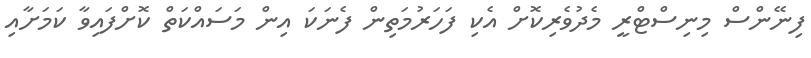
ފިނޭންސް މިނިސްޓްރީ މެދުވެރިކޮށް އެކި ފަހަރުމަތިން ފެނަކަ އިން މަސައްކަތް ކޮށްފައިވާ ކަމަށާއި